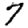
Digit: 7